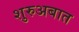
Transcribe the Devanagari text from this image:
शुरुअबात